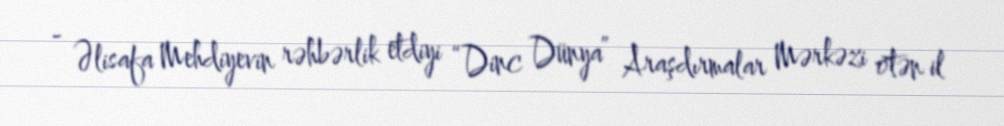
- Əlisafa Mehdiyevin rəhbərlik etdiyi “Dinc Dünya” Araşdırmalar Mərkəzi ötən il